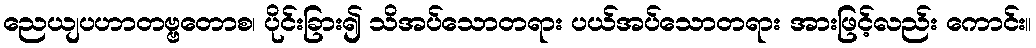
ညေယျပဟာတဗ္ဗတောစ၊ ပိုင်းခြား၍ သိအပ်သောတရား ပယ်အပ်သောတရား အားဖြင့်လည်း ကောင်း။